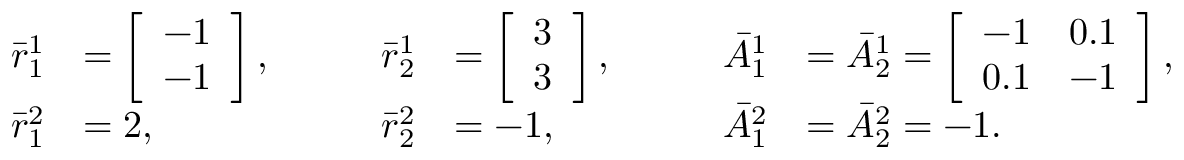
\begin{array} { r l r l r l } { \bar { r } _ { 1 } ^ { 1 } } & { = \left[ \begin{array} { l } { - 1 } \\ { - 1 } \end{array} \right] , } & { \qquad \bar { r } _ { 2 } ^ { 1 } } & { = \left[ \begin{array} { l } { 3 } \\ { 3 } \end{array} \right] , } & { \qquad \bar { A } _ { 1 } ^ { 1 } } & { = \bar { A } _ { 2 } ^ { 1 } = \left[ \begin{array} { l l } { - 1 } & { 0 . 1 } \\ { 0 . 1 } & { - 1 } \end{array} \right] , } \\ { \bar { r } _ { 1 } ^ { 2 } } & { = 2 , } & { \qquad \bar { r } _ { 2 } ^ { 2 } } & { = - 1 , } & { \qquad \bar { A } _ { 1 } ^ { 2 } } & { = \bar { A } _ { 2 } ^ { 2 } = - 1 . } \end{array}